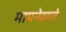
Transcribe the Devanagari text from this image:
मापनेवाले